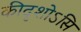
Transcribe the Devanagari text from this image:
कीदृशोऽसि